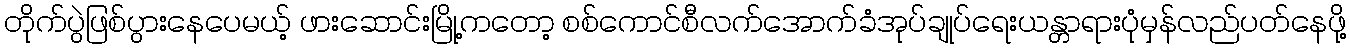
တိုက်ပွဲဖြစ်ပွားနေပေမယ့် ဖားဆောင်းမြို့ကတော့ စစ်ကောင်စီလက်အောက်ခံအုပ်ချုပ်ရေးယန္တာရားပုံမှန်လည်ပတ်နေဖို့